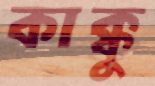
কাক্কু